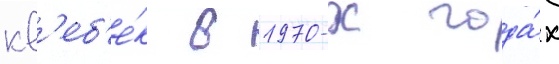
кв'еб'е́к в 1970-х года́х